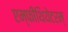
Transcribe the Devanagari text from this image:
एम्फीथियेटरम्